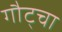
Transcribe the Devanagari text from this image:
गौट्चा